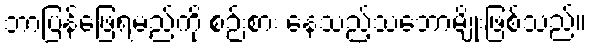
ဘာပြန်ဖြေရမည်ကို စဉ်းစား နေသည့်သဘောမျိုးဖြစ်သည်။